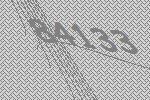
84133